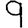
Digit: 9